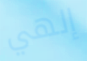
إلهي